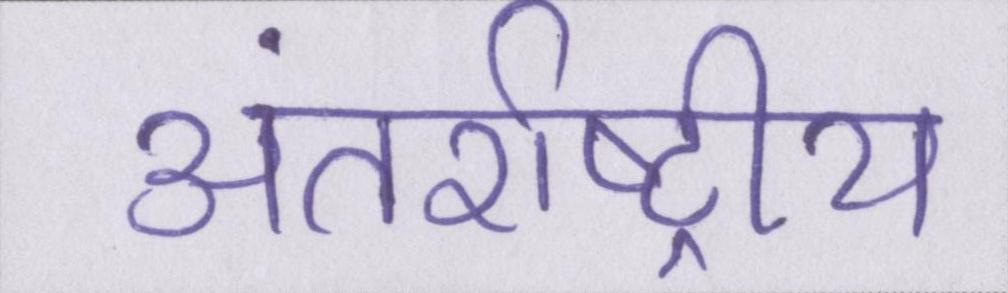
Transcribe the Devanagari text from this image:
अंतर्राष्ट्रीय